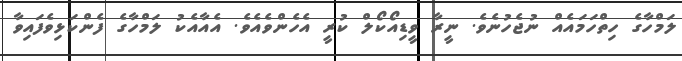
ލަމްހާގެ ހިތްހަމައެއް ނުޖެހުނެވެ. ނީރާ ވީޑިއޯކޯލް ކުރީ އެހެންވެއެވެ. އެއާއެކު ލަމްހާގެ ފެންކަޅިވެފައިވާ